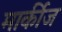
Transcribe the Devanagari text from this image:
मार्कीज